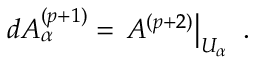
d A _ { \alpha } ^ { ( p + 1 ) } = \left. A ^ { ( p + 2 ) } \right| _ { U _ { \alpha } } \ .